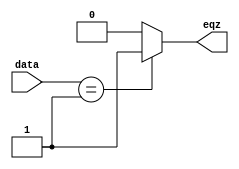
module comp(eqz,data);
input [15:0] data;
output eqz;
assign eqz = (data==16'd01)?1:0;
endmodule

module pipo1(out,in,ld,clk);
input [15:0]in;
input ld,clk;
output reg [15:0]out;
always@(posedge clk)
begin
	if(ld) out<=in;
end
endmodule

module pipo2(out,in,ld,clk,clr);
input [15:0]in;
input ld,clr,clk;
output reg [15:0]out;
always@(posedge clk)
begin
	if(clr) out<=0;
	else if(ld) out<=in;
end
endmodule

module addr(out,in1,in2);
input [15:0] in1,in2;
output reg[15:0]out;
always@(*)
begin
	out = in1+in2;
end
endmodule

module cntr(out,in,ld,dec,clk);
input [15:0]in;
input dec,ld,clk;
output [15:0] out; 
reg [15:0] count;
assign out = count;
always@(posedge clk)
begin
	if(ld) count<=in;
	else if(dec) count<=count-1;
end
endmodule

module repadd_dp(eqz,ldA,ldB,decB,ldP,clrP,clk,din);
output eqz;
input ldA,ldB,ldP,clrP,decB,clk;
input [15:0]din; 
wire [15:0]outA,out,outP,cout;

pipo1 A(outA,din,ldA,clk);
pipo2 P(outP,out,ldP,clk,clrP);
cntr B(cout,din,ldB,decB,clk);
comp u1(eqz,cout);
addr sum(out,outA,outP);

endmodule